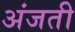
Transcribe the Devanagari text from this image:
अंजती